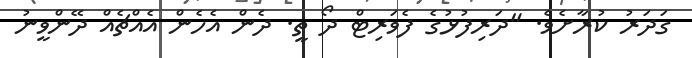
ގަދަރު ކުރާށެވެ. "ދަރިފުޅުގެ ފެވަރިޓް ދޯ ތީ. ދެން އެހެން އެއްޗެއް ދޭންވީނު